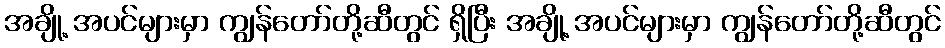
အချို့ အပင်များမှာ ကျွန်တော်တို့ဆီတွင် ရှိပြီး အချို့ အပင်များမှာ ကျွန်တော်တို့ဆီတွင်